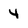
Character: 4